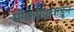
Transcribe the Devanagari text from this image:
मंगोलीयाकडून